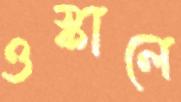
ওস্‌কালে